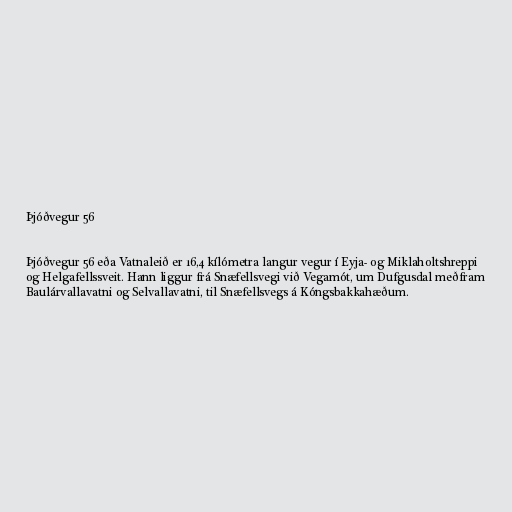
Þjóðvegur 56

Þjóðvegur 56 eða Vatnaleið er 16,4 kílómetra langur vegur í Eyja- og Miklaholtshreppi
og Helgafellssveit. Hann liggur frá Snæfellsvegi við Vegamót, um Dufgusdal meðfram
Baulárvallavatni og Selvallavatni, til Snæfellsvegs á Kóngsbakkahæðum.